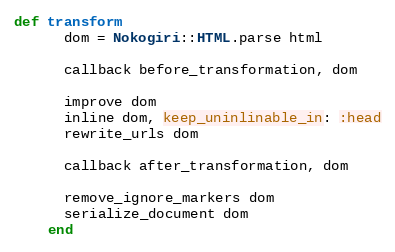
Language: Ruby
def transform
      dom = Nokogiri::HTML.parse html

      callback before_transformation, dom

      improve dom
      inline dom, keep_uninlinable_in: :head
      rewrite_urls dom

      callback after_transformation, dom

      remove_ignore_markers dom
      serialize_document dom
    end